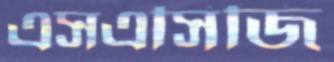
এসএসিজি